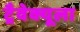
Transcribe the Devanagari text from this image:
ट्रैवेक्यूला